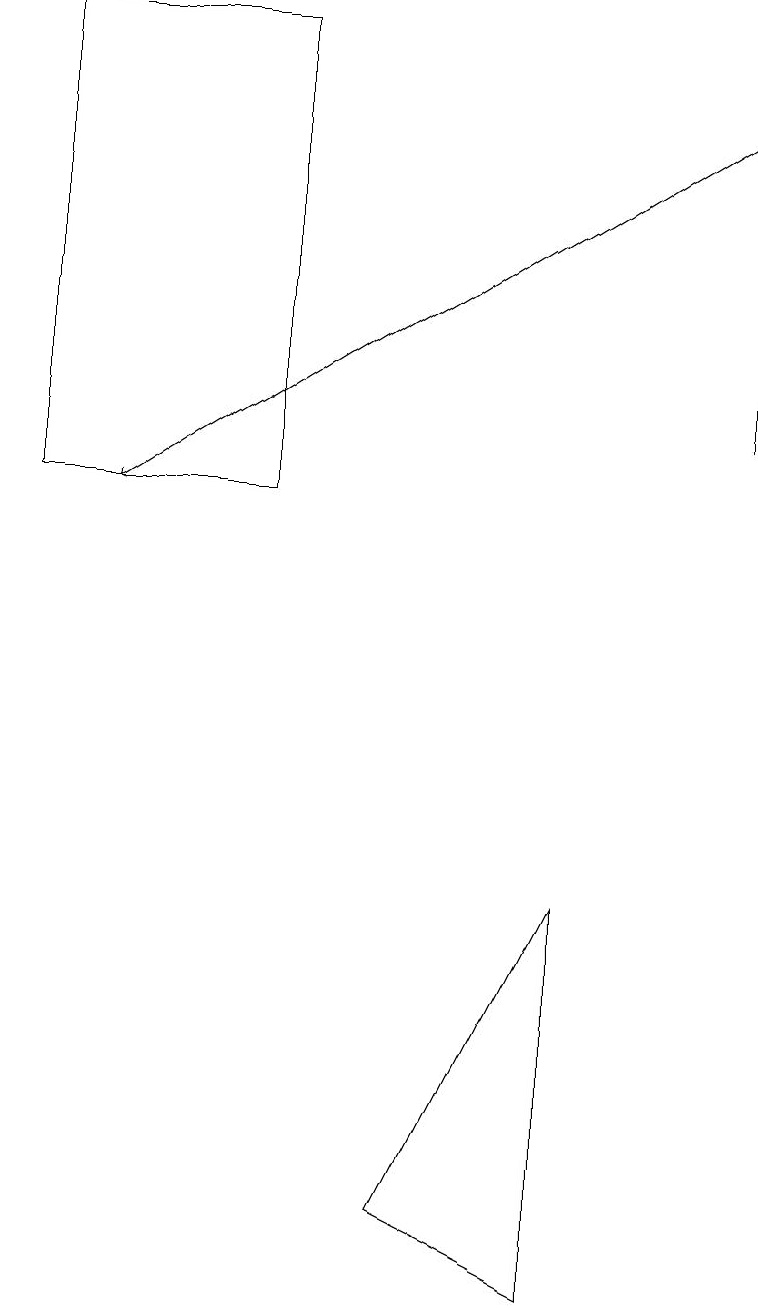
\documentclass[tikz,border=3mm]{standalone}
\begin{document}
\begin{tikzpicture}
\draw[->] (9,16) -- (1,11);
\draw (9,15) rectangle (9,12);
\draw (0,11) rectangle (3,17);
\draw (7,6) -- (5,2) -- (7,1) -- cycle;
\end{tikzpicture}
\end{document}